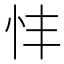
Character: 𢗒